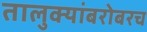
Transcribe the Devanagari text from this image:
तालुक्यांबरोबरच